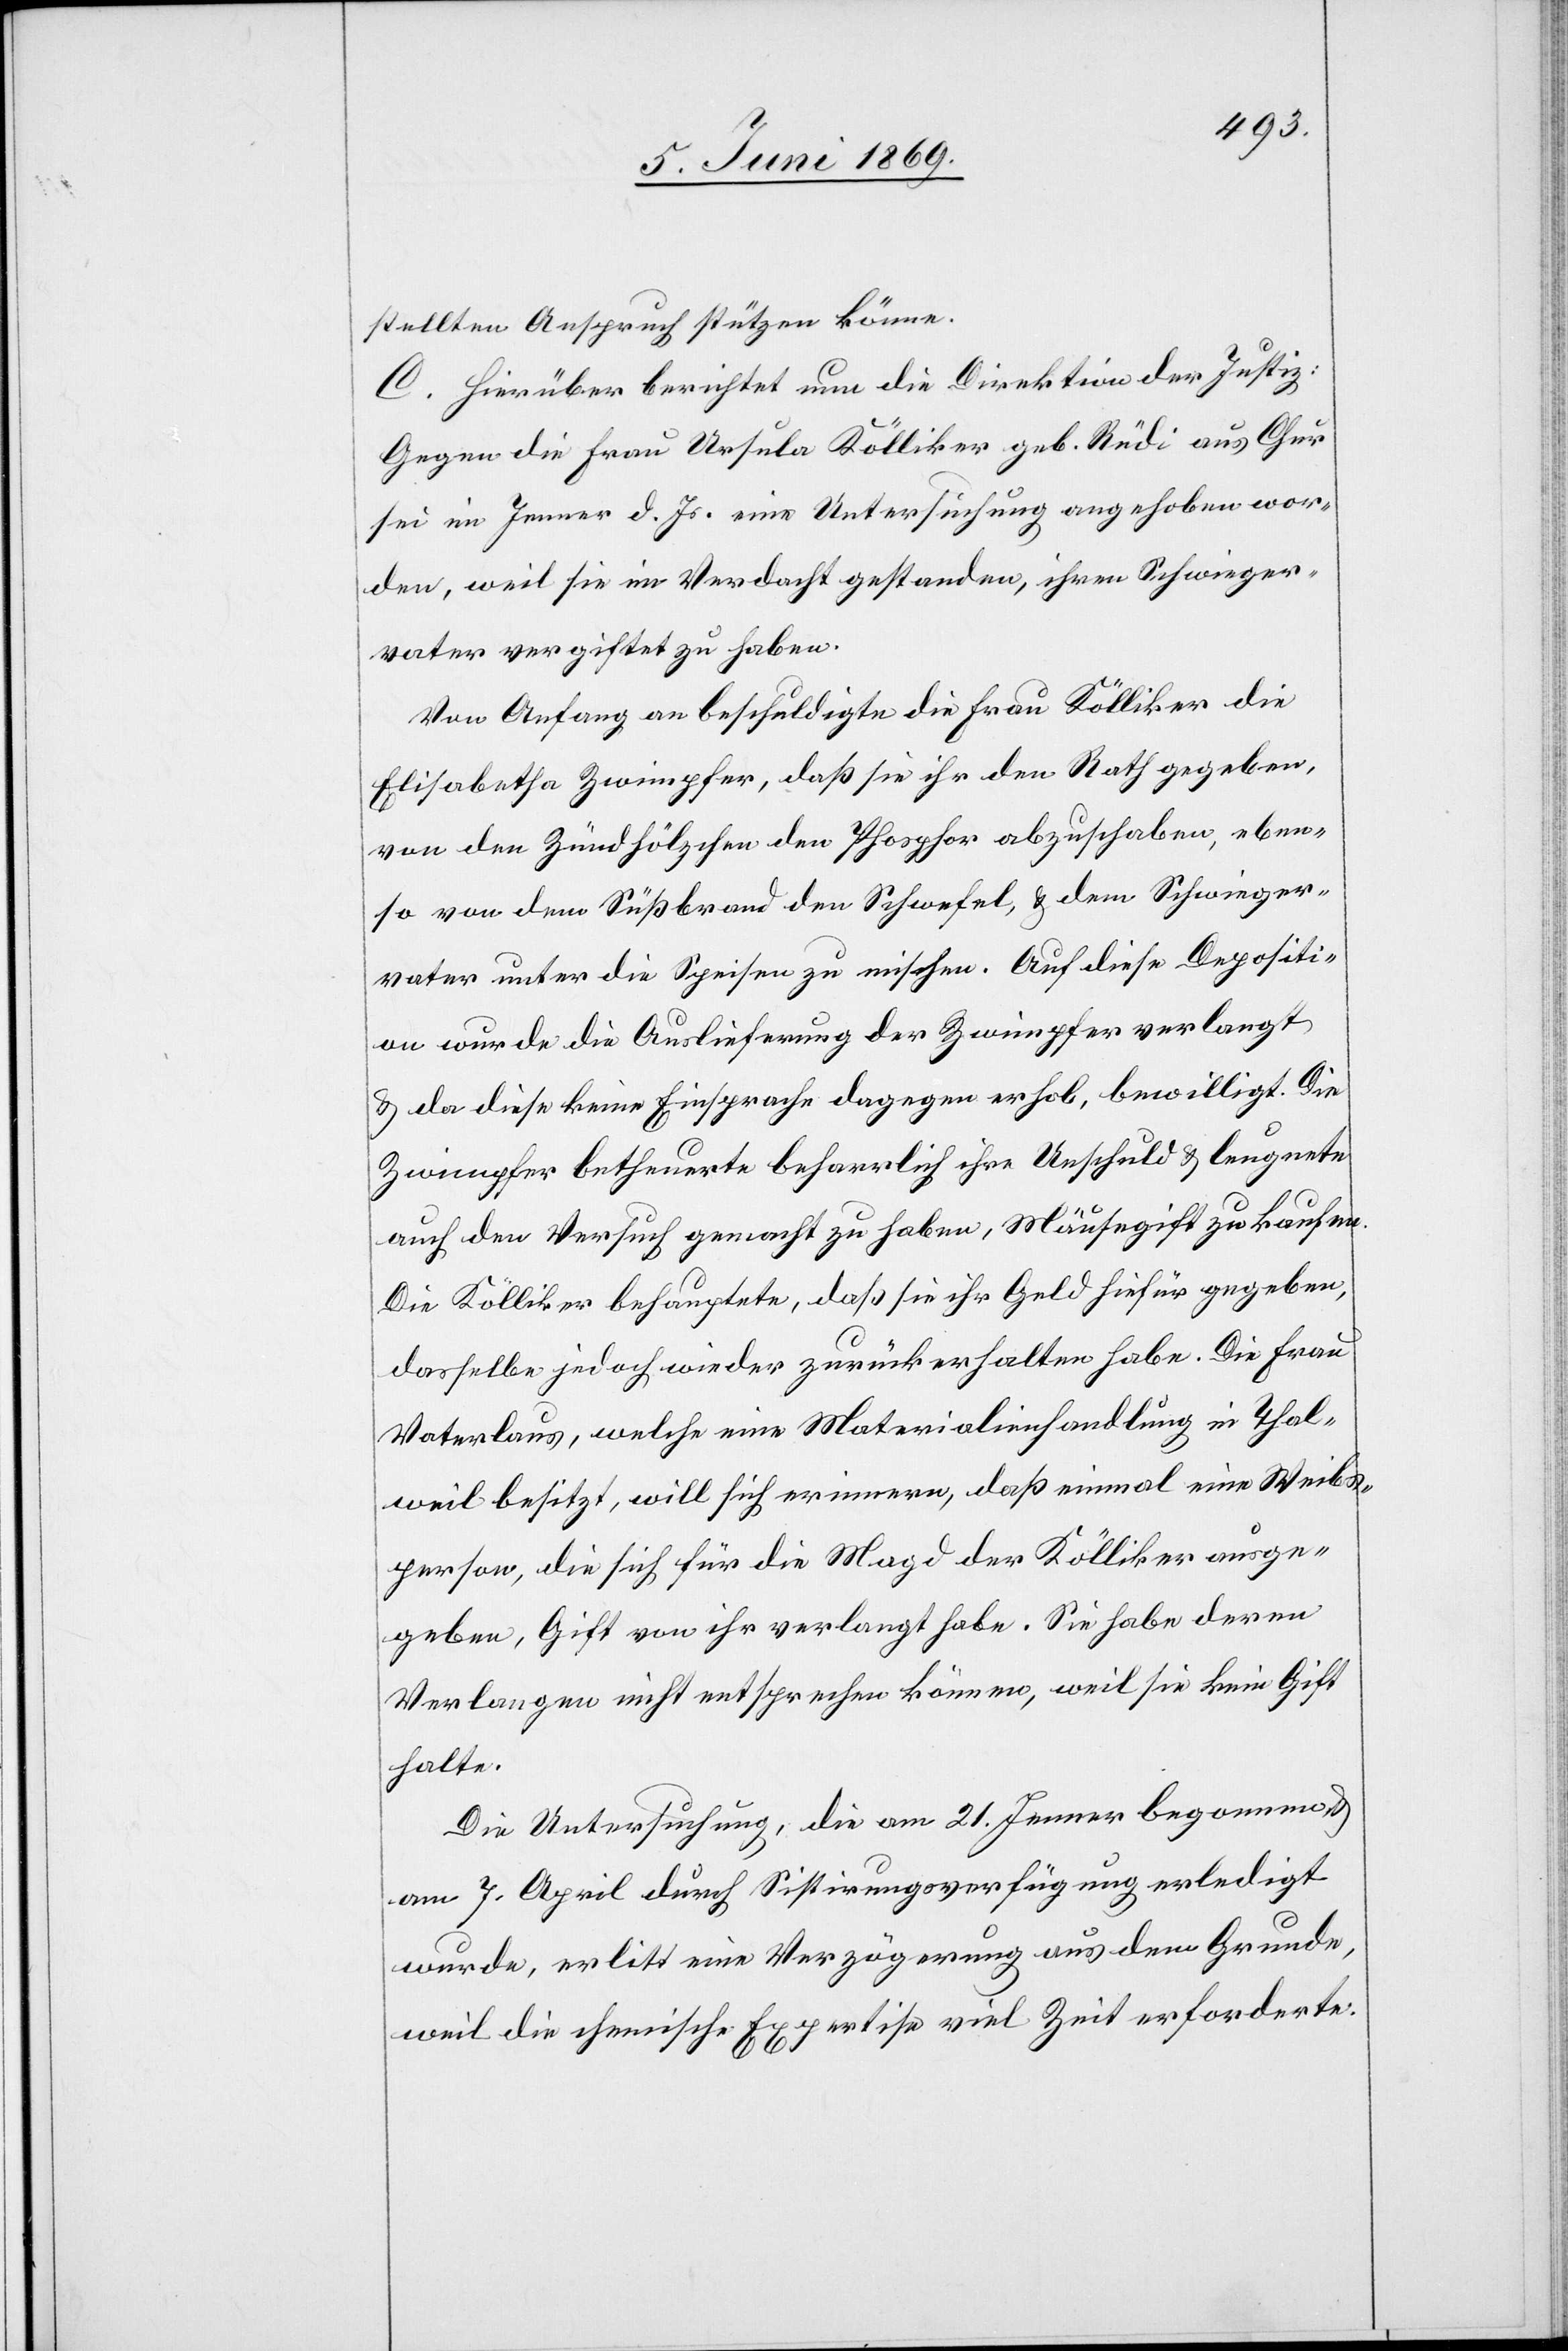
stellten Anspruch stützen könne.
C. Hierüber berichtet nun die Direktion der Justiz:
Gegen die Frau Ursula Kölliker geb. Rüdi aus Chur
sei im Jenner d. Js. eine Untersuchung angehoben wor¬
den, weil sie im Verdacht gestanden, ihren Schwieger¬
vater vergiftet zu haben.
Von Anfang an beschuldigte die Frau Kölliker die
Elisabetha Zwimpfer, daß sie ihr den Rath gegeben,
von den Zündhölzchen den Phosphor abzuschaben, eben¬
so von dem Süßbrand den Schwefel, u. dem Schwieger¬
vater unter die Speisen zu mischen. Auf diese Depositi¬
on wurde die Auslieferung der Zwimpfer verlangt
u. da diese keine Einsprache dagegen erhob, bewilligt. Die
Zwimpfer betheuerte beharrlich ihre Unschuld u. leugnete
auch den Versuch gemacht zu haben, Mäusegift zu kaufen.
Die Kölliker behauptete, daß sie ihr Geld hiefür gegeben,
dasselbe jedoch wieder zurückerhalten habe. Die Frau
Vaterlaus, welche eine Materialienhandlung in Thal¬
weil besitzt, will sich erinnern, daß einmal eine Weibs¬
person, die sich für die Magd der Kölliker ausge¬
geben, Gift von ihr verlangt habe. Sie habe deren
Verlangen nicht entsprechen können, weil sie kein Gift
hatte.
Die Untersuchung, die am 21 Jenner begonnen u.
am 7 April durch Sistirungsverfügung erledigt
wurde, erlitt eine Verzögerung aus dem Grunde,
weil die chemische Expertise viel Zeit erforderte.